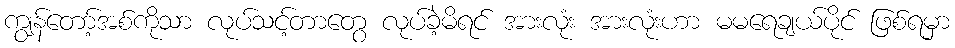
ကျွန်တော့်အစ်ကိုသာ လုပ်သင့်တာတွေ လုပ်ခဲ့မိရင် အားလုံး အားလုံးဟာ မမရေချယ်ပိုင် ဖြစ်ရမှာ